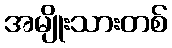
အမျိုးသားတစ်